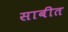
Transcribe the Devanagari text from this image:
साबीत